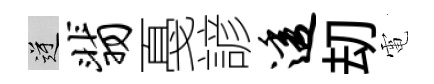
逆翡戞諺透刧電